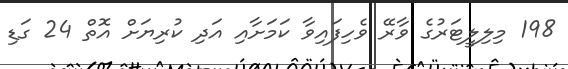
198 މިލިލީޓަރުގެ ވާރޭ ވެހިފައިވާ ކަމަށާއި އަދި ކުރިޔަށް އޮތް 24 ގަޑި